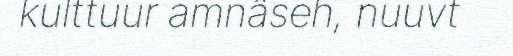
kulttuur amnâseh, nuuvt